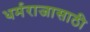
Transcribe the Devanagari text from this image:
धर्मराजासाठी